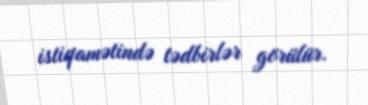
istiqamətində tədbirlər görülür.